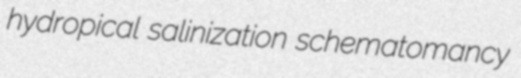
hydropical salinization schematomancy